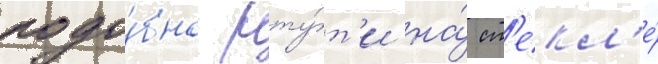
подо́бно рту́т'и на́ ст'екл'е́